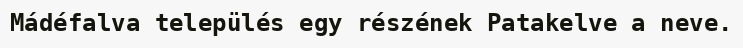
Mádéfalva település egy részének Patakelve a neve.